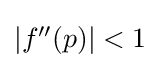
{\textstyle |f''(p)|<1}